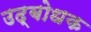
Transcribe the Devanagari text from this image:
उद्‍बोधक